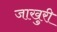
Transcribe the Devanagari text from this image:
जाखुरी